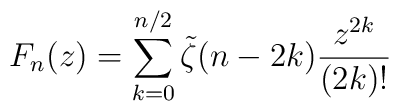
F_n(z) = \sum_{k=0}^{n/2} \tilde{\zeta}(n-2k) \frac{z^{2k}}{(2k)!}